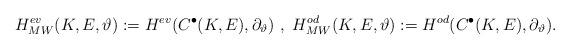
LaTeX: \begin{align*} H_{MW}^{ev}(K, E, \vartheta):= H^{ev}(C^{\bullet}(K,E), \partial_{\vartheta}) \ , \ H_{MW}^{od}(K, E, \vartheta):= H^{od}(C^{\bullet}(K,E), \partial_{\vartheta}).\end{align*}